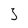
Character: 3